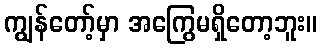
ကျွန်တော့်မှာ အကြွေမရှိတော့ဘူး။